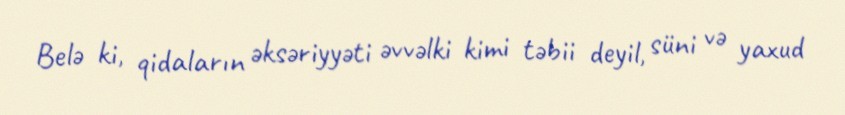
Belə ki, qidaların əksəriyyəti əvvəlki kimi təbii deyil, süni və yaxud